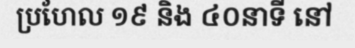
ប្រហែល ១៩ និង ៤០នាទី នៅ